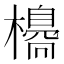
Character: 𣝼